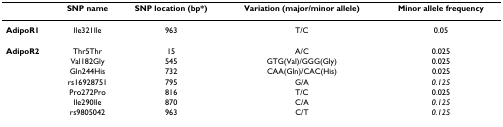
<table><thead><tr><td></td><td><b>SNP name</b></td><td><b>SNP location (bp*)</b></td><td><b>Variation (major/minor allele)</b></td><td><b>Minor allele frequency</b></td></tr></thead><tbody><tr><td><b>AdipoR1</b></td><td>Ile321Ile</td><td>963</td><td>T/C</td><td>0.05</td></tr><tr><td><b>AdipoR2</b></td><td>Thr5Thr</td><td>15</td><td>A/C</td><td>0.025</td></tr><tr><td></td><td>Val182Gly</td><td>545</td><td>GTG(Val)/GGG(Gly)</td><td>0.025</td></tr><tr><td></td><td>Gln244His</td><td>732</td><td>CAA(Gln)/CAC(His)</td><td>0.025</td></tr><tr><td></td><td>rs16928751</td><td>795</td><td>G/A</td><td><i>0.125</i></td></tr><tr><td></td><td>Pro272Pro</td><td>816</td><td>T/C</td><td>0.025</td></tr><tr><td></td><td>Ile290Ile</td><td>870</td><td>C/A</td><td><i>0.125</i></td></tr><tr><td></td><td>rs9805042</td><td>963</td><td>C/T</td><td><i>0.125</i></td></tr></tbody></table>